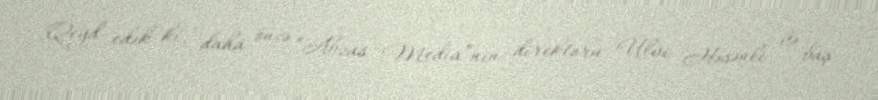
Qeyd edək ki, daha öncə “Abzas Media”nın direktoru Ülvi Həsənli və baş